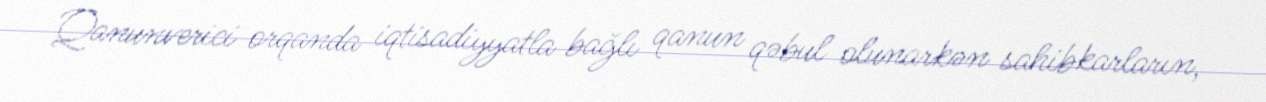
Qanunverici orqanda iqtisadiyyatla bağlı qanun qəbul olunarkən sahibkarların,